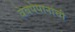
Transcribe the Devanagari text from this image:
वेबपेपानांची